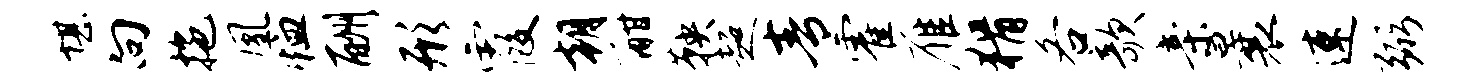
堪向拖凰恤酬形霞朝酣鞅超青霍雁猾各欹亲曩速弼